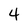
Character: 4